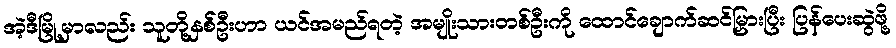
အဲ့ဒီမြို့မှာလည်း သူတို့နှစ်ဦးဟာ ယင်အမည်ရတဲ့ အမျိုးသားတစ်ဦးကို ထောင်ချောက်ဆင်မြှားပြီး ပြန်ပေးဆွဲဖို့